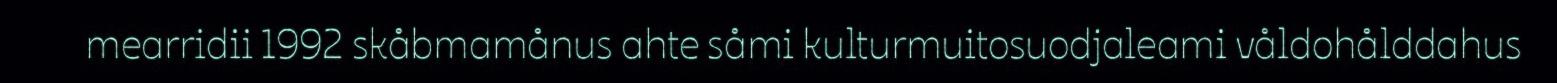
mearridii 1992 skåbmamånus ahte såmi kulturmuitosuodjaleami våldohålddahus